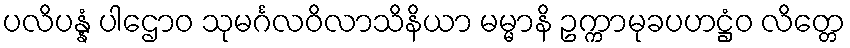
ပလိပန္နံ ပါဌောဝ သုမင်္ဂလဝိလာသိနိယာ မမ္မာနိ ဥက္ကာမုခပဟဋ္ဌံဝ လိတ္တေ